Dysentery and liver abscess in Bombay - Number 47
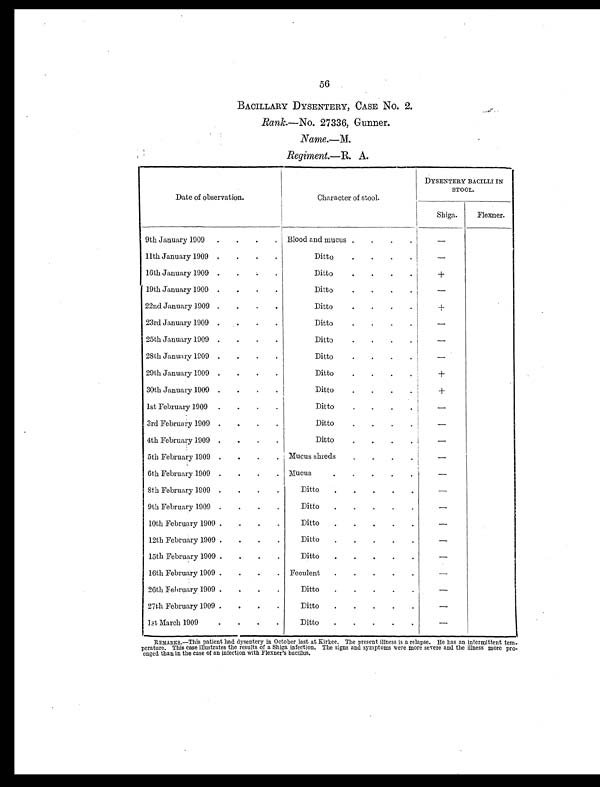
56
BACILLARY DYSENTERY, CASE No. 2.
Rank. —No. 27336, Gunner.
Name.—M.
Regiment. —R. A.
Date of observation.
Character of stool.
DYSENTERY BACILLI IN
STOOL.
Shiga.
Flexner.
9th January 1909
.
.
.
. Blood and mucus .
. .
.
—
11th January 1909 .
.
.
.
Ditto
.
. .
.
—
16th January 1909 .
.
.
.
Ditto
.
.
.
.
+
19th January 1909 .
.
.
.
Ditto
.
.
.
.
—
22nd January 1909 .
.
.
.
Ditto
.
.
.
.
+
23rd January 1909 .
.
.
.
Ditto
.
.
.
. —
25th January 1909 .
.
.
.
Ditto
.
.
.
.
—
28th January 1909 .
.
.
.
Ditto
.
.
.
.
—
29th January 1909 .
.
.
.
Ditto
.
.
.
.
+
30th January 1909 .
.
.
.
Ditto
.
.
.
.
+
1st February 1909 .
.
.
.
Ditto
.
.
.
.
—
3rd February 1909 .
.
.
.
Ditto
.
.
.
.
—
4th February 1909 .
.
.
.
Ditto
.
.
.
.
—
5th February 1909 .
.
.
. Mucus shreds
.
.
.
.
—
6th February 1909 .
.
.
. Mucus
. .
.
.
.
—
8th February 1909 .
.
.
.
Ditto
.
.
.
.
.
—
9th February 1909 .
.
.
.
Ditto
.
.
.
.
.
—
10th February 1909 .
.
.
.
Ditto
.
.
.
.
.
—
12th February 1909 .
.
.
.
Ditto
.
.
.
.
.
—
15th February 1909 .
.
.
.
Ditto
.
.
.
.
.
—
16th February 1909 .
.
.
. Feculent
.
.
.
.
.
—
26th February 1909 .
.
.
.
Ditto
.
.
.
.
.
—
27th February 1909 .
.
.
.
Ditto
.
.
.
.
.
—
1st March 1909
.
.
.
.
Ditto
.
.
.
.
.
—
REMARKS.—This patient had dysentery in October last at Kirkee. The present illness is a relapse. He has an intermittent tem-
perature. This case illustrates the results of a Shiga infection. The signs and symptoms were more severe and the illness more pro
- onged than in the case of an infection with Flexner's bacillus.